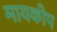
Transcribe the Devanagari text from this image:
मायकोप